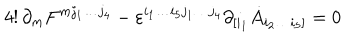
4 ! \, \partial _ { m } F ^ { m j _ { 1 } \dots j _ { 4 } } - \varepsilon ^ { i _ { 1 } \dots i _ { 5 } j _ { 1 } \dots j _ { 4 } } \partial _ { [ i _ { 1 } } \dot { A } _ { i _ { 2 } \dots i _ { 5 } ] } = 0